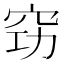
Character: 𥥙